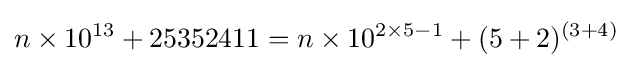
n\times 10^{13}+25352411=n\times 10^{2\times 5-1}+(5+2)^{(3+4)}